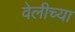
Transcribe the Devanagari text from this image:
वेलीच्या